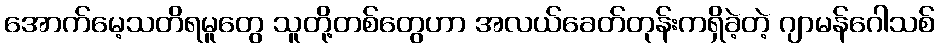
အောက်မေ့သတိရမူတွေ သူတို့တစ်တွေဟာ အလယ်ခေတ်တုန်းကရှိခဲ့တဲ့ ဂျာမန်ဂေါသစ်